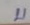
บ